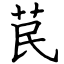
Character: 苠